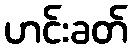
ဟင်းခတ်